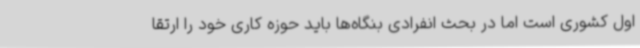
اول کشوری است اما در بحث انفرادی بنگاه‌ها باید حوزه کاری خود را ارتقا